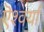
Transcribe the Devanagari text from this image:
ऎश्वर्या